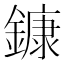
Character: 鏮